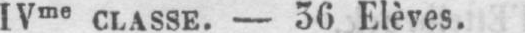
IVme classe. - 36 Elèves.